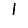
Digit: 1